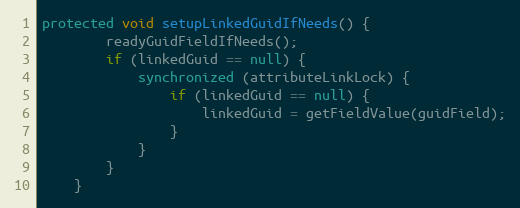
Language: Java
protected void setupLinkedGuidIfNeeds() {
        readyGuidFieldIfNeeds();
        if (linkedGuid == null) {
            synchronized (attributeLinkLock) {
                if (linkedGuid == null) {
                    linkedGuid = getFieldValue(guidField);
                }
            }
        }
    }